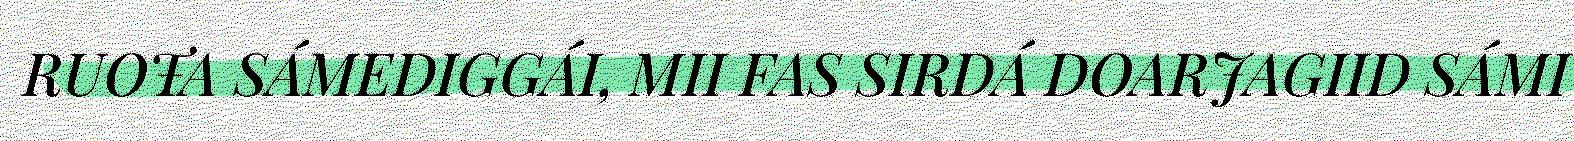
RUOŦA SÁMEDIGGÁI, MII FAS SIRDÁ DOARJAGIID SÁMI